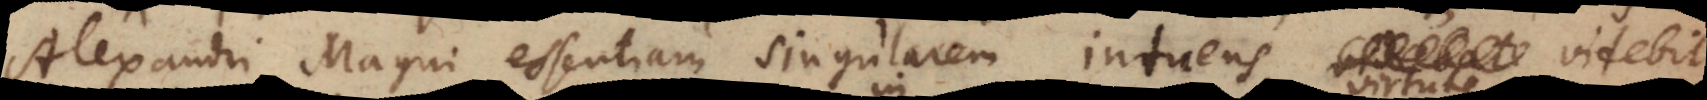
Alexandri Magni essentiam singularem intuens, videbit